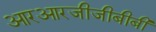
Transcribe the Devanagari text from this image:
आरआरजीजीबीबी